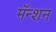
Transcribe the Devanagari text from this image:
मॅन्शन